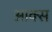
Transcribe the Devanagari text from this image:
आक्स